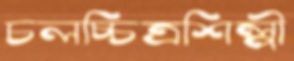
চলচ্চিত্রশিল্পী